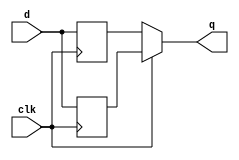
module top_module (
    input clk,
    input d,
    output q
);
    wire fio,fio2;
    always @(posedge clk)begin
        fio<=d;
    end
    always @(negedge clk)begin
        fio2<=d;
    end
    always @(clk) begin
        if(clk) q<=fio;
        else q<=fio2;
    end
endmodule